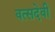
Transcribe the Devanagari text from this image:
वत्सदेवी